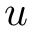
u